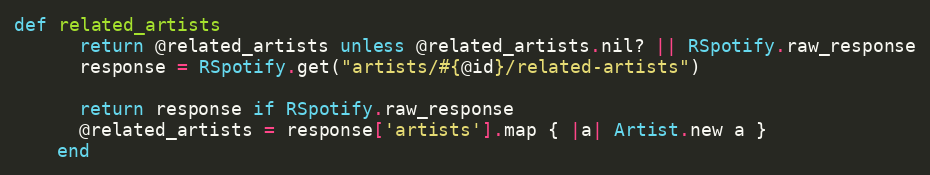
Language: Ruby
def related_artists
      return @related_artists unless @related_artists.nil? || RSpotify.raw_response
      response = RSpotify.get("artists/#{@id}/related-artists")

      return response if RSpotify.raw_response
      @related_artists = response['artists'].map { |a| Artist.new a }
    end